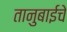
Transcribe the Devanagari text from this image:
तानुबाईचे